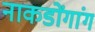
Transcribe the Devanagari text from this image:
नाकडोंगांग